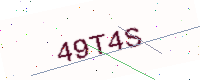
Text: 49T4S